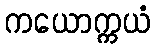
ကယောက္ကယံ